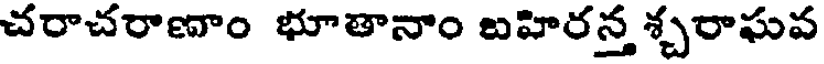
చరాచరాణాం భూతానాం బహిరన్త శ్చరాఘవ